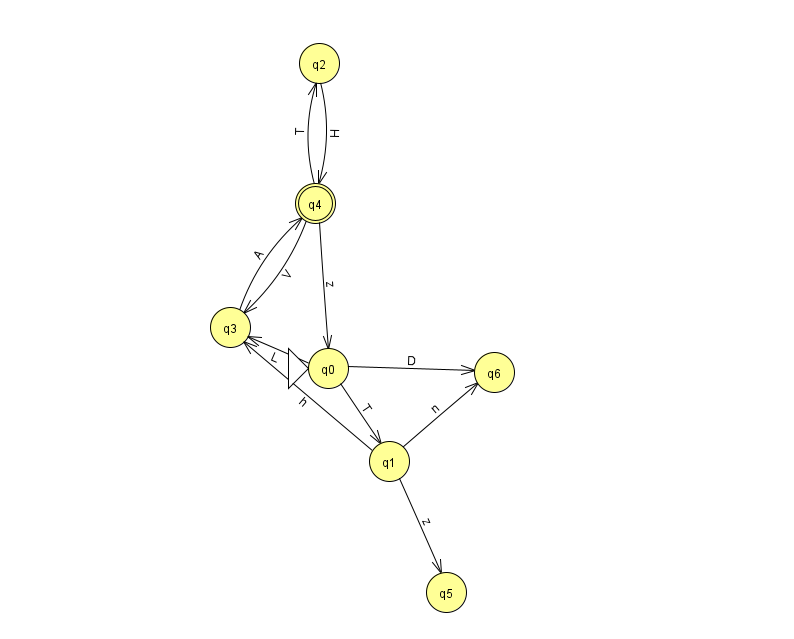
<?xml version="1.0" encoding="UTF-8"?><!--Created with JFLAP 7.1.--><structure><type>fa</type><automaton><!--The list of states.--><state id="0" name="q0"><x>328.0</x><y>355.0</y><initial/></state><state id="1" name="q1"><x>389.0</x><y>448.0</y></state><state id="2" name="q2"><x>319.0</x><y>50.0</y></state><state id="3" name="q3"><x>230.0</x><y>314.0</y></state><state id="4" name="q4"><x>315.0</x><y>190.0</y><final/></state><state id="5" name="q5"><x>446.0</x><y>579.0</y></state><state id="6" name="q6"><x>494.0</x><y>359.0</y></state><!--The list of transitions.--><transition><from>0</from><to>6</to><read>D</read></transition><transition><from>0</from><to>3</to><read>L</read></transition><transition><from>1</from><to>5</to><read>z</read></transition><transition><from>2</from><to>4</to><read>H</read></transition><transition><from>1</from><to>6</to><read>n</read></transition><transition><from>4</from><to>2</to><read>T</read></transition><transition><from>1</from><to>3</to><read>h</read></transition><transition><from>4</from><to>0</to><read>z</read></transition><transition><from>0</from><to>1</to><read>T</read></transition><transition><from>4</from><to>3</to><read>V</read></transition><transition><from>3</from><to>4</to><read>A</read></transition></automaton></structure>